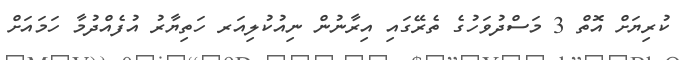
ކުރިޔަށް އޮތް 3 މަސްދުވަހުގެ ތެރޭގައި އިރާނުން ނިއުކުލިއަރ ހަތިޔާރު އުފެއްދުމާ ހަމައަށް